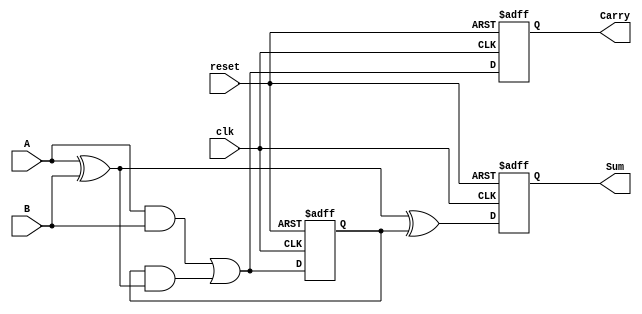
module SequentialHalfAdder (
    input wire clk,        // Clock input
    input wire reset,      // Asynchronous reset input
    input wire A,          // First input bit
    input wire B,          // Second input bit
    output reg Sum,        // Sum output
    output reg Carry       // Carry output
);

    // Internal register to hold the previous carry state
    reg prev_carry;

    // Always block for sequential logic
    always @(posedge clk or posedge reset) begin
        if (reset) begin
            // Reset the state
            Sum <= 0;
            Carry <= 0;
            prev_carry <= 0;
        end else begin
            // Calculate the sum and carry based on current inputs and previous carry
            Sum <= A ^ B ^ prev_carry;           // Sum = A XOR B XOR previous carry
            Carry <= (A & B) | (prev_carry & (A ^ B)); // Carry = (A AND B) OR (previous carry AND (A XOR B))
            prev_carry <= (A & B) | (prev_carry & (A ^ B)); // Update previous carry
        end
    end

endmodule